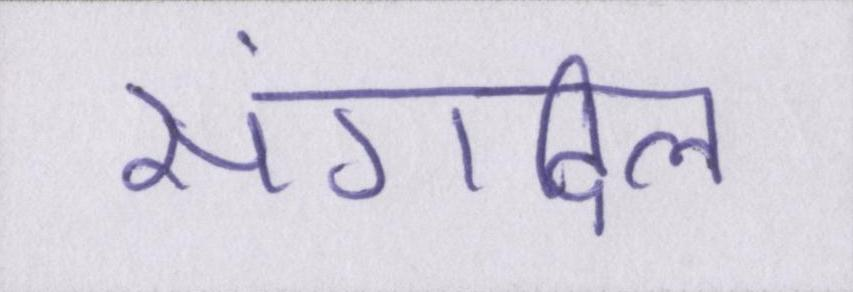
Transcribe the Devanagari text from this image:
संगदिल